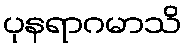
ပုနရာဂမာသိ